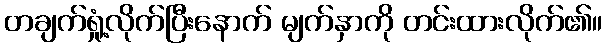
တချက်ရှုံ့လိုက်ပြီးနောက် မျက်နှာကို တင်းထားလိုက်၏။